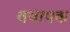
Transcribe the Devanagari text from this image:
वयापक